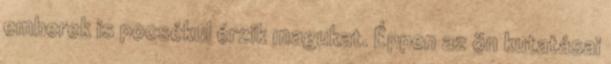
emberek is pocsékul érzik magukat. Éppen az ön kutatásai